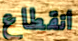
انقطاع